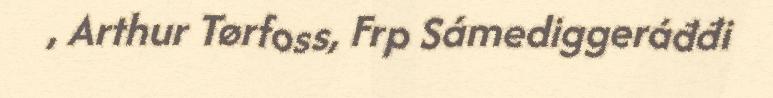
, Arthur Tørfoss, Frp Sámediggeráđđi